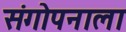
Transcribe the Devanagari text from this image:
संगोपनाला